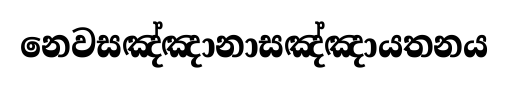
නෙවසඤ්ඤානාසඤ්ඤායතනය